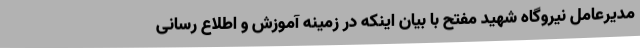
مدیرعامل نیروگاه شهید مفتح با بیان اینکه در زمینه آموزش و اطلاع رسانی